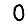
Digit: 0